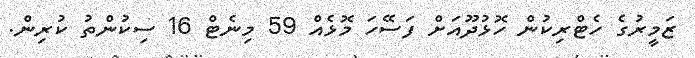
ޒަމީރުގެ ހެޓްރިކުން ހޮޅުދޫއަށް ފަސޭހަ މޮޅެއް 59 މިނެޓް 16 ސިކުންތު ކުރިން.